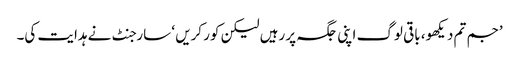
’جم تم دیکھو، باقی لوگ اپنی جگہ پر رہیں لیکن کور کریں ‘ سارجنٹ نے ہدایت کی۔